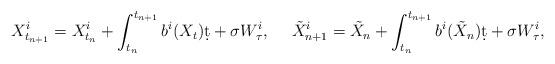
LaTeX: \begin{align*}X_{t_{n+1}}^i = X_{t_n}^i + \int_{t_n}^{t_{n+1}}b^i(X_t)\d t + \sigma W_\tau^i, ~~~~\tilde X_{n+1}^i = \tilde X_n + \int_{t_n}^{t_{n+1}}b^i(\tilde X_n)\d t + \sigma W_\tau^i,\end{align*}